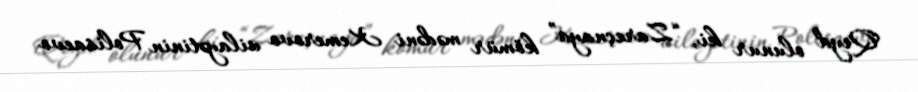
Qeyd olunur ki, “Zareçnaya” kömür mədəni Kemerovo vilayətinin Polisaevo